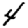
Digit: 4